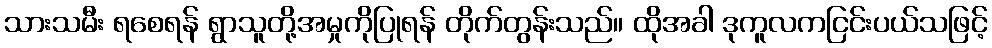
သားသမီး ရစေရန် ရွာသူတို့အမှုကိုပြုရန် တိုက်တွန်းသည်။ ထိုအခါ ဒုကူလကငြင်းပယ်သဖြင့်